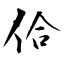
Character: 佮